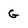
Character: g